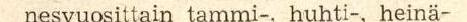
nesvuosittain tammi-, huhti, heinä-